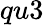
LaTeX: qu3